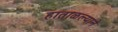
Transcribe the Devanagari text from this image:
हाताळल्याने